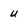
Character: u